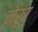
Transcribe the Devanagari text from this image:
नेरूर